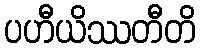
ပဟီယိဿတီတိ